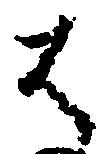
は